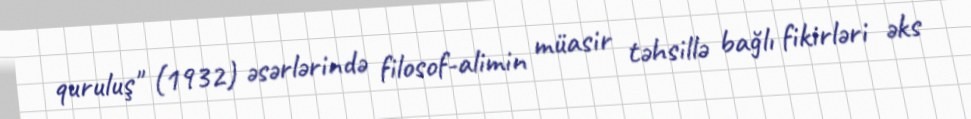
quruluş" (1932) əsərlərində filosof-alimin müasir təhsillə bağlı fikirləri əks